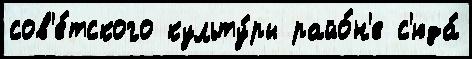
сов'е́тского культу́ры райо́н'е с'юда́